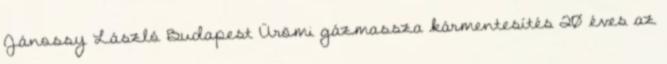
Jánossy László Budapest Ürömi gázmassza kármentesítés 20 éves az